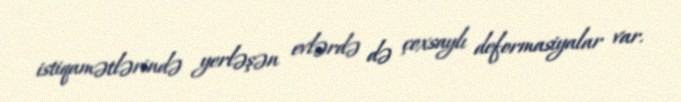
istiqamətlərində yerləşən evlərdə də çoxsaylı deformasiyalar var.